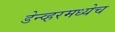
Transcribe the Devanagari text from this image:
डेन्व्हरमध्येच